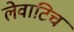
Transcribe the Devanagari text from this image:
लेवाटिच